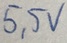
Text: 5,5V